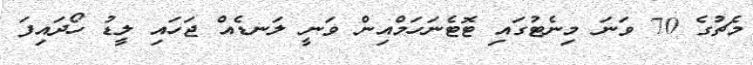
މެޗުގެ 70 ވަނަ މިނެޓުގައި ޓޮޓެނަހަމްއިން ވަނީ ލަނޑެއް ޖަހައި ލީޑު ހޯދައިފަ